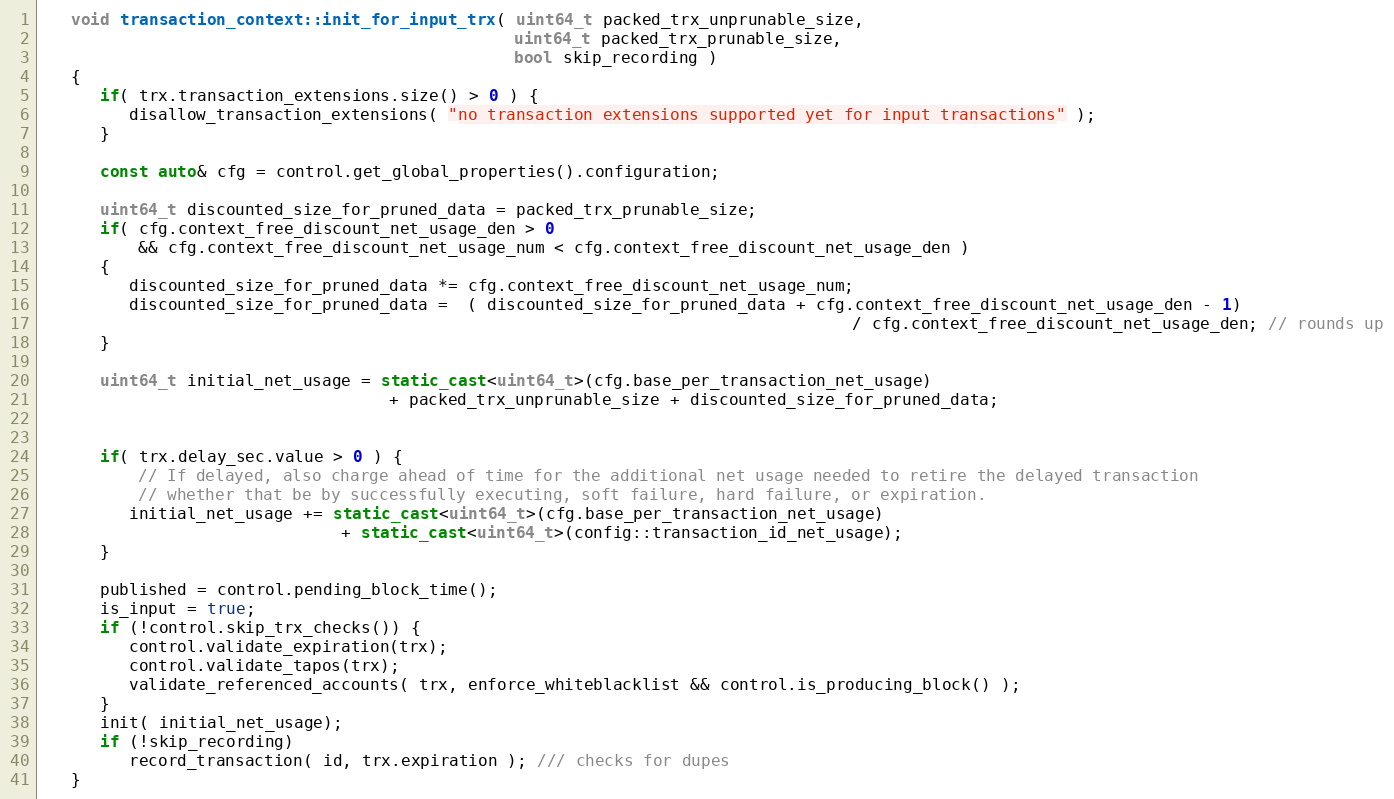
Language: C++
   void transaction_context::init_for_input_trx( uint64_t packed_trx_unprunable_size,
                                                 uint64_t packed_trx_prunable_size,
                                                 bool skip_recording )
   {
      if( trx.transaction_extensions.size() > 0 ) {
         disallow_transaction_extensions( "no transaction extensions supported yet for input transactions" );
      }

      const auto& cfg = control.get_global_properties().configuration;

      uint64_t discounted_size_for_pruned_data = packed_trx_prunable_size;
      if( cfg.context_free_discount_net_usage_den > 0
          && cfg.context_free_discount_net_usage_num < cfg.context_free_discount_net_usage_den )
      {
         discounted_size_for_pruned_data *= cfg.context_free_discount_net_usage_num;
         discounted_size_for_pruned_data =  ( discounted_size_for_pruned_data + cfg.context_free_discount_net_usage_den - 1)
                                                                                    / cfg.context_free_discount_net_usage_den; // rounds up
      }

      uint64_t initial_net_usage = static_cast<uint64_t>(cfg.base_per_transaction_net_usage)
                                    + packed_trx_unprunable_size + discounted_size_for_pruned_data;

      if( trx.delay_sec.value > 0 ) {
          // If delayed, also charge ahead of time for the additional net usage needed to retire the delayed transaction
          // whether that be by successfully executing, soft failure, hard failure, or expiration.
         initial_net_usage += static_cast<uint64_t>(cfg.base_per_transaction_net_usage)
                               + static_cast<uint64_t>(config::transaction_id_net_usage);
      }

      published = control.pending_block_time();
      is_input = true;
      if (!control.skip_trx_checks()) {
         control.validate_expiration(trx);
         control.validate_tapos(trx);
         validate_referenced_accounts( trx, enforce_whiteblacklist && control.is_producing_block() );
      }
      init( initial_net_usage);
      if (!skip_recording)
         record_transaction( id, trx.expiration ); /// checks for dupes
   }